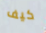
كيف